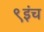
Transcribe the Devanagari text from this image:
९इंच